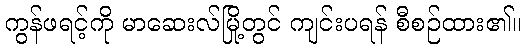
ကွန်ဖရင့်ကို မာဆေးလ်မြို့တွင် ကျင်းပရန် စီစဉ်ထား၏။